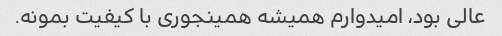
عالی بود، امیدوارم همیشه همینجوری با کیفیت بمونه.